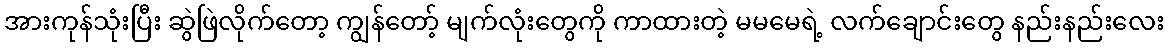
အားကုန်သုံးပြီး ဆွဲဖြဲလိုက်တော့ ကျွန်တော့် မျက်လုံးတွေကို ကာထားတဲ့ မမမေရဲ့ လက်ချောင်းတွေ နည်းနည်းလေး